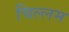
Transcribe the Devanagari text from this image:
चिल्लम